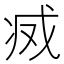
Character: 𢦬